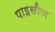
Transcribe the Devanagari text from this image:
पाइसीज़